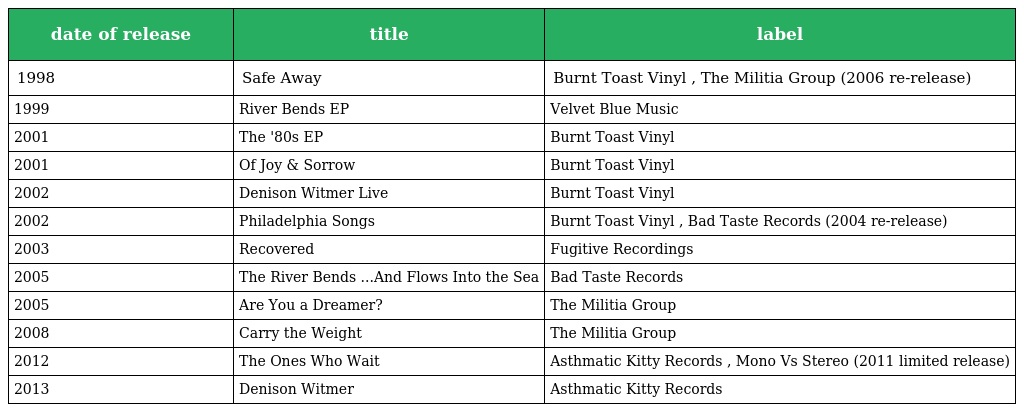
| date of release | title | label |
 | --- | --- | --- |
 | 1998 | Safe Away | Burnt Toast Vinyl , The Militia Group (2006 re-release) |
 | 1999 | River Bends EP | Velvet Blue Music |
 | 2001 | The '80s EP | Burnt Toast Vinyl |
 | 2001 | Of Joy & Sorrow | Burnt Toast Vinyl |
 | 2002 | Denison Witmer Live | Burnt Toast Vinyl |
 | 2002 | Philadelphia Songs | Burnt Toast Vinyl , Bad Taste Records (2004 re-release) |
 | 2003 | Recovered | Fugitive Recordings |
 | 2005 | The River Bends ...And Flows Into the Sea | Bad Taste Records |
 | 2005 | Are You a Dreamer? | The Militia Group |
 | 2008 | Carry the Weight | The Militia Group |
 | 2012 | The Ones Who Wait | Asthmatic Kitty Records , Mono Vs Stereo (2011 limited release) |
 | 2013 | Denison Witmer | Asthmatic Kitty Records |